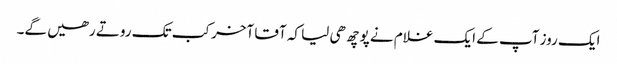
ایک روز آپ کے ایک غلام نے پوچھ ھی لیا کہ آقا آخر کب تک روتے رھیں گے۔